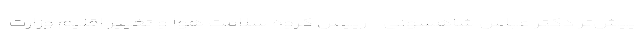
پیش‌تر دکتر عباس شاهسونی_ رییس گروه سلامت هوا و تغییر اقلیم وزارت